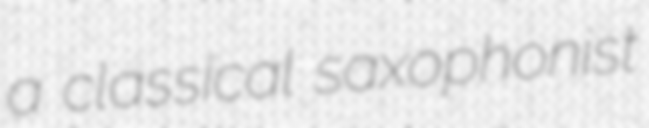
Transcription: a classical saxophonist